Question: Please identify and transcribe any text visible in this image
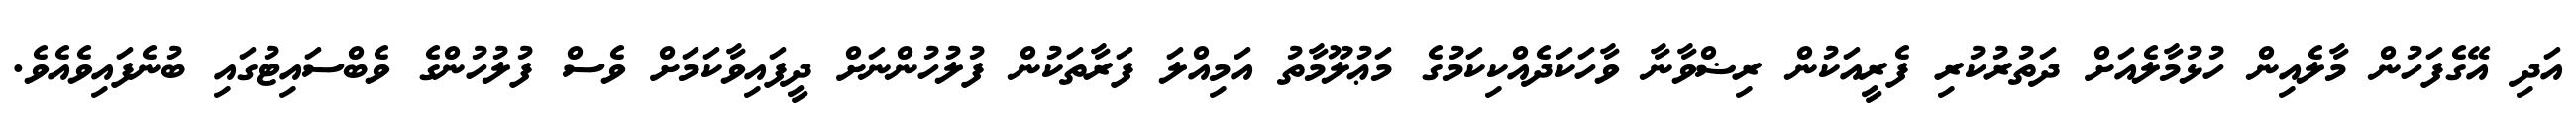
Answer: އަދި އޭގެފަހުން މާލެއިން ހުޅުމާލެއަށް ދަތުރުކުރި ފެރީއަކުން ރިޟްވާނާ ވާހަކަދެއްކިކަމުގެ މަޢުލޫމާތު އަމިއްލަ ފަރާތަކުން ފުލުހުންނަށް ދީފައިވާކަމަށް ވެސް ފުލުހުންގެ ވެބްސައިޓުގައި ބުނެފައިވެއެވެ.